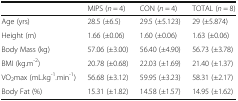
|  | MIPS (n = 4) | CON (n = 4) | TOTAL (n = 8) |
 | --- | --- | --- | --- |
 | Age (yrs) | 28.5 (±6.5) | 29.5 (±5.123) | 29 (±5.874) |
 | Height (m) | 1.66 (±0.06) | 1.60 (±0.06) | 1.63 (±0.06) |
 | Body Mass (kg) | 57.06 (±3.00) | 56.40 (±4.90) | 56.73 (±3.78) |
 | BMI (kg.m-2) | 20.78 (±0.68) | 22.03 (±1.69) | 21.40 (±1.37) |
 | VO2max (mL.kg-1.min-1) | 56.68 (±3.12) | 59.95 (±3.23) | 58.31 (±2.17) |
 | Body Fat (%) | 15.31 (±1.82) | 14.58 (±1.57) | 14.95 (±1.62) |